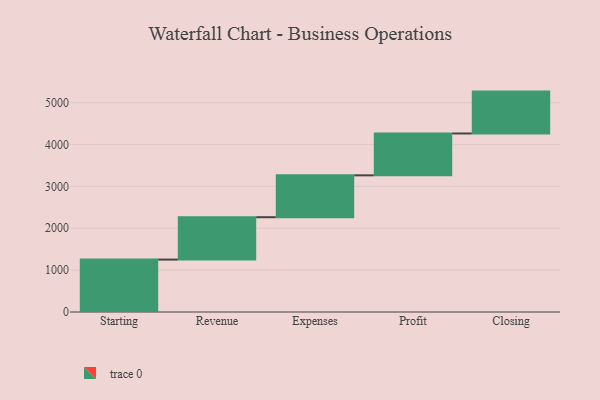
{"axis": {"x": "Step", "y": "Value"}, "legend": [""], "data": [{"x": "Starting", "y": 1252.0, "type": ""}, {"x": "Revenue", "y": 1012.0, "type": ""}, {"x": "Expenses", "y": 1000, "type": ""}, {"x": "Profit", "y": 1000, "type": ""}, {"x": "Closing", "y": 1000, "type": ""}]}